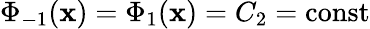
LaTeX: \Phi_{-1}(\mathbf{x})=\Phi_{1}(\mathbf{x})=C_{2}=\mathrm{{const}}